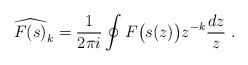
LaTeX: \begin{align*} \widehat{F(s)}_k = \frac{1}{2\pi i} \oint F\big(s(z)\big) z^{-k} \frac{dz}{z} \ . \end{align*}